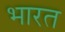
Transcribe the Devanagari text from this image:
भारत